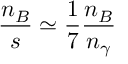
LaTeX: \frac { n _ { B } } { s } \simeq \frac { 1 } { 7 } \frac { n _ { B } } { n _ { \gamma } }